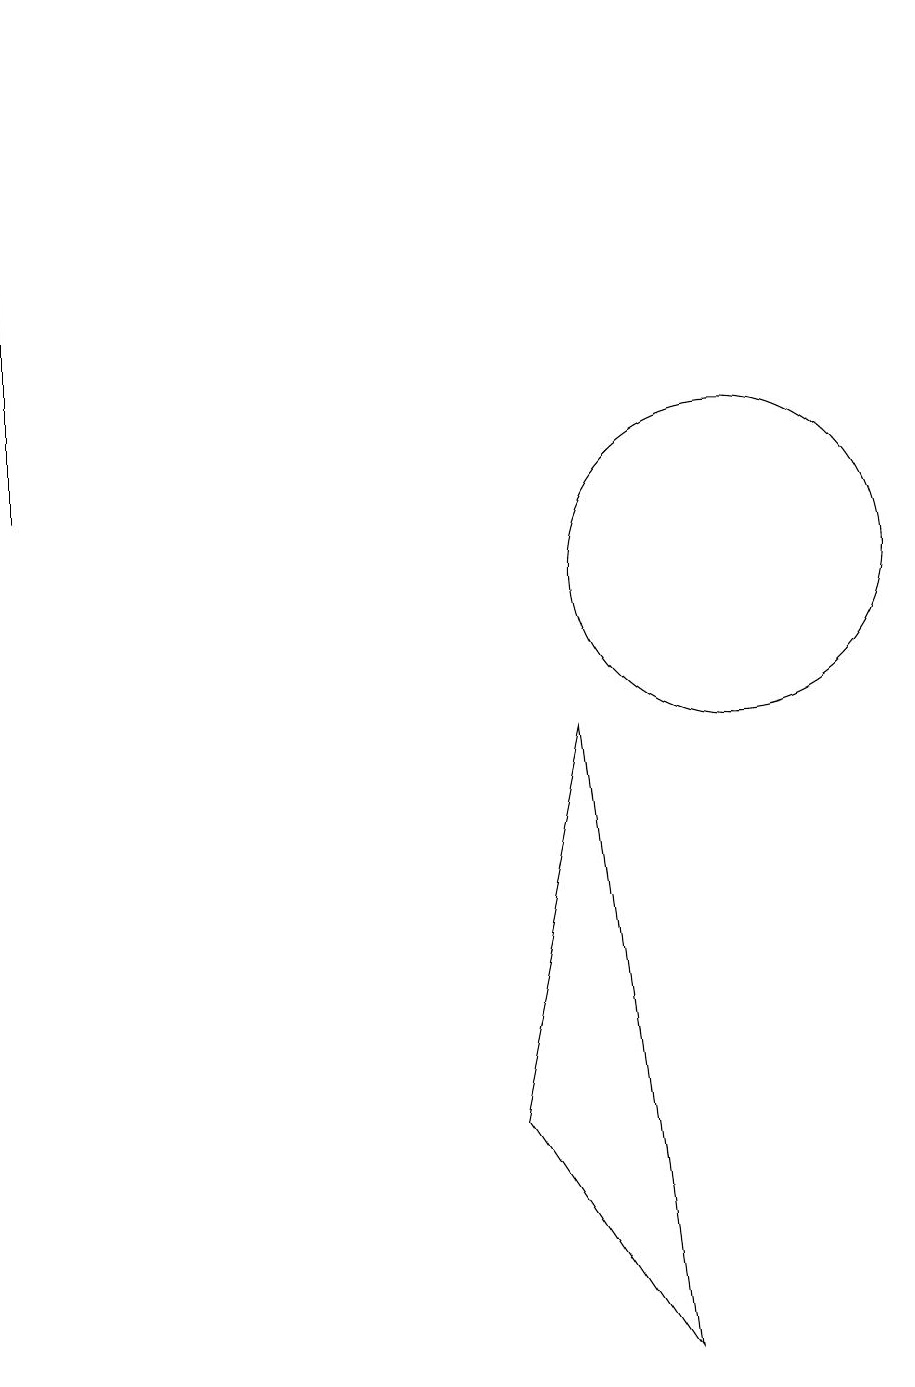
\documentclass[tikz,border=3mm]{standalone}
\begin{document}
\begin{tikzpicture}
\draw (10,11) circle (2);
\draw (1,12) rectangle (1,18);
\draw (8,9) -- (9,1) -- (7,4) -- cycle;
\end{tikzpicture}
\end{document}